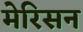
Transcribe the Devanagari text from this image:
मेरिसन